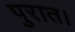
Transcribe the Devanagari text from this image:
पुरात।